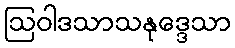
ဩဝါဒသာသနုဒ္ဒေသာ